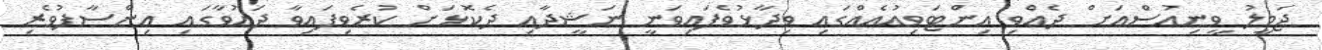
ޖަމީލު ވީނިއުސްއަށް ދެއްވި އިންޓަވިއުއެއްގައި ވިދާޅުވެފައިވަނީ ނަޝީދާއި ދެކޮޅަށް ކުރެވިފައިވާ ދައުވާގައި އިންސާފުވެރި